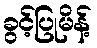
ခွင့်ပြုမိန့်